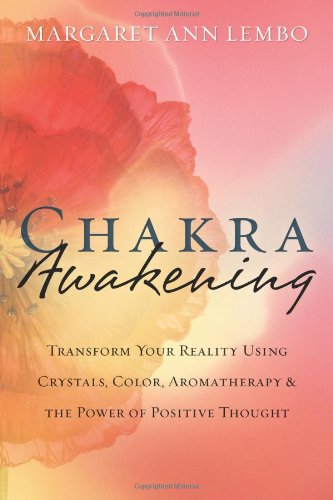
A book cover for Chakra Awakening: Transform Your Reality Using Crystals, Color, Aromatherapy & the Power of Positive Thought; Margaret Ann Lembo; Health, Fitness & Dieting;